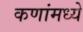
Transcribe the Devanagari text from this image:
कणांमध्ये